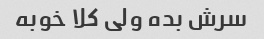
سرش بده ولی کلا خوبه